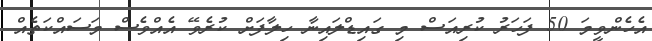
އެހެންވީމަ 50 ފަހަރު ކުރިއަސް މި ގައިޑްލައިނާ ހިލާފަށް ކުރެވޭ އެއްވެސް މަސައްކަތެއް